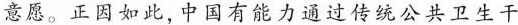
意愿。正因如此，中国有能力通过传统公共卫生干